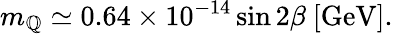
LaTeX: m_{\mathbb{Q}}\simeq0.64\times10^{-14}\sin2\beta\ \mathrm{{[GeV]}}.